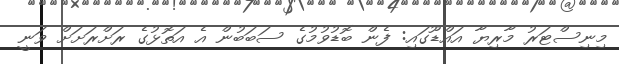
މިނިސްޓަރު މާރިޔާ އައްޑޫގައި: ފެން ބޮޑުވުމުގެ ސަބަބުން އެ އަތޮޅުގެ ރަށްރަށަށް ވަނީ